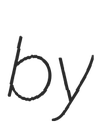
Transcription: by